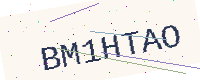
Text: BM1HTAO